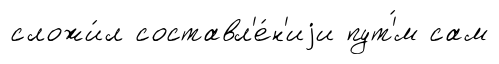
сложи́л составл'е́н'иjи пут'́м сам